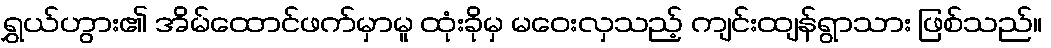
ရွှယ်ဟွား၏ အိမ်ထောင်ဖက်မှာမူ ထုံးခိုမှ မဝေးလှသည့် ကျင်းထျန်ရွာသား ဖြစ်သည်။